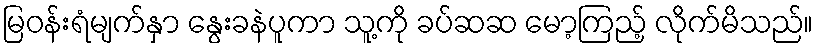
မြဝန်းရံမျက်နှာ နွေးခနဲပူကာ သူ့ကို ခပ်ဆဆ မော့ကြည့် လိုက်မိသည်။